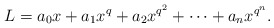
\begin{align*}L=a_0x+a_1x^q+a_2x^{q^2}+\cdots+a_n x^{q^n}.\end{align*}